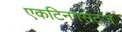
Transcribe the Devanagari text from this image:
एकटिनगेसेट्ज़